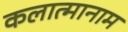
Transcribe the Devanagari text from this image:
कलात्मानाम